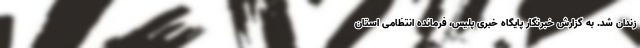
زندان شد. به گزارش خبرنگار پایگاه خبری پلیس، فرمانده انتظامی استان